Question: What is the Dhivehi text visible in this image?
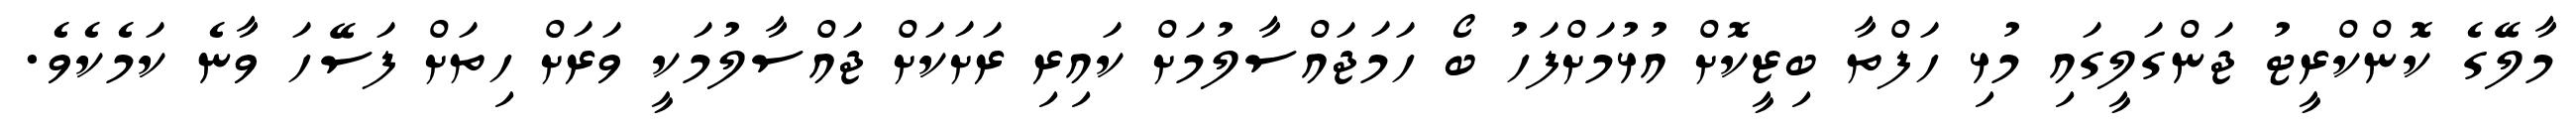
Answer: މާލޭގެ ކޮންކްރީޓު ޖަންގަލީގައި މުޅި ހަފްތާ ބިޒީކޮށް އުޅުމަށްފަހު ބޯ ހަމަޖައްސާލުމަށް ކައިރި ރަށަކަށް ޖައްސާލުމަކީ ވަރަށް ހިތަށް ފަސޭހަ ވާނެ ކަމެކެވެ.